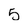
Character: 5